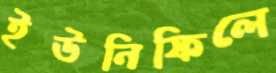
ইউনিফিলে